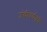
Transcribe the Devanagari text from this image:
उंचीपर्यंतचे